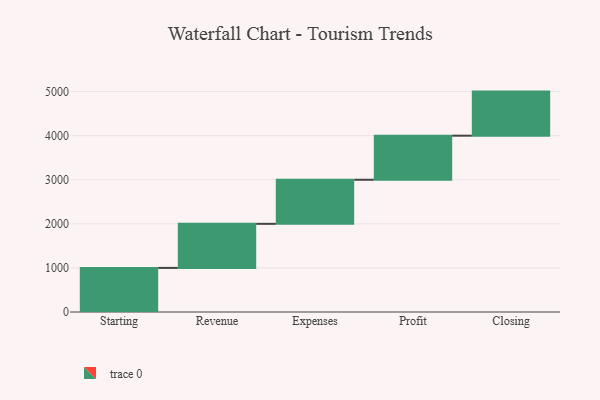
{"axis": {"x": "Step", "y": "Value"}, "legend": [""], "data": [{"x": "Starting", "y": 1000, "type": ""}, {"x": "Revenue", "y": 1000, "type": ""}, {"x": "Expenses", "y": 1000, "type": ""}, {"x": "Profit", "y": 1000, "type": ""}, {"x": "Closing", "y": 1000, "type": ""}]}